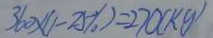
3 6 0 \times ( 1 - 2 5 \% ) = 2 7 0 ( k g )